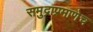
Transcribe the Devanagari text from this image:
समुद्राप्रमाणेच